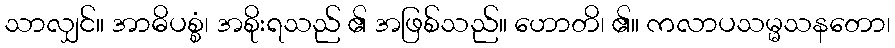
သာလျှင်။ အာဓိပစ္စံ၊ အစိုးရသည် ၏ အဖြစ်သည်။ ဟောတိ၊ ၏။ ကလာပသမ္မသနတော၊